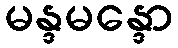
မန္ဒမန္ဒော